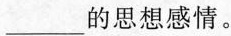
___的思想感情